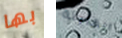
بها القابلة